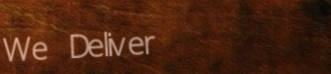
We Deliver